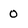
Character: 0